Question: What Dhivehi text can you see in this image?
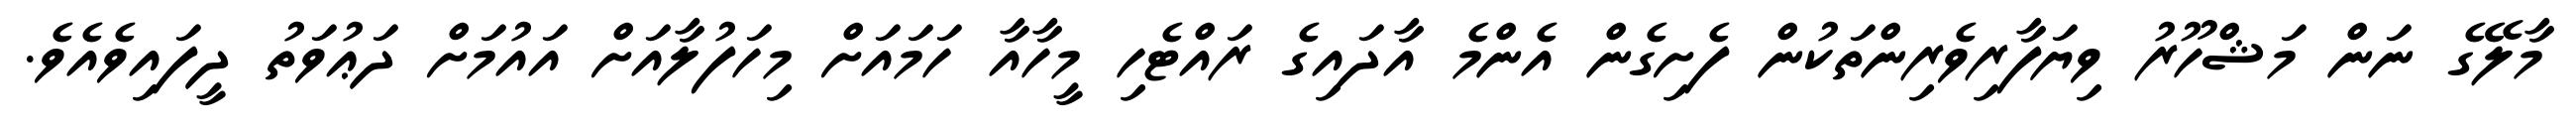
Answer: މާލޭގެ ނަން މަޝްހޫރު ވިޔަފާރިވެރިންތަކުން ފެށިގެން އެންމެ އާދައިގެ ރައްޓެހި މީހާއާ ހަމައަށް މިހަފުލާއަށް އައުމަށް ދަޢުވަތު ދީފައިވެއެވެ.